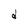
Character: d